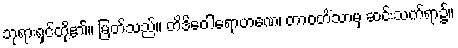
ဘုရားရှင်တို့၏။ မြတ်သည်။ တိဒိဝေါရောဟဏေ၊ တာဝတိံသာမှ ဆင်းသက်ရာ၌။